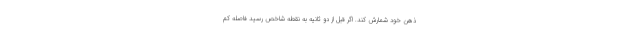
ذهن خود شمارش کند. اگر قبل از دو ثانیه به نقطه شاخص رسید فاصله کم